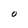
Character: O